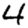
Digit: 4